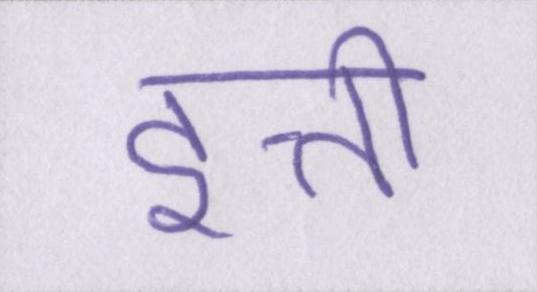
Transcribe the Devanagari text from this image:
इत्ती